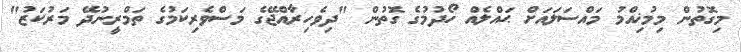
މިގޮތުން މިމުޚިއްމު މައްސަލައަށް ޙައްލެއް ހޯދުމުގެ ގޮތުން "ދިވެހިރާއްޖޭގެ މަސްވެރިކަމުގެ ތަމްރީނުދޭ މަރުކަޒު"